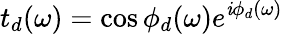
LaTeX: t_{d}(\omega)=\cos{\phi_{d}(\omega)}e^{\mathit{i}\phi_{d}(\omega)}